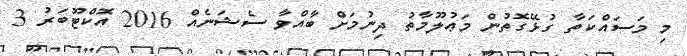
މި މަސައްކަތާ ގުޅޭގޮތުން މަޢުލޫމާތު ދިނުމަށް ބާއްވާ ސެޝަނެއް 2016 އޮކްޓޫބަރު 3